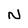
Character: N